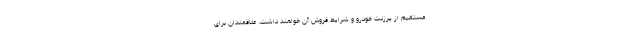
مستقیم از پرزنت خودرو و شرایط فروش آن خواهند داشت. علاقمندان برای